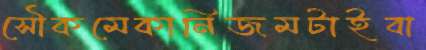
সৌকমেকানিজমটাইবা